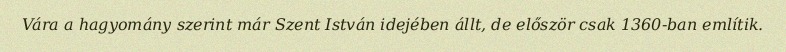
Vára a hagyomány szerint már Szent István idejében állt, de először csak 1360-ban említik.